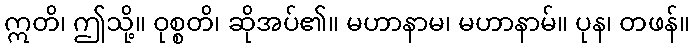
ဣတိ၊ ဤသို့။ ဝုစ္စတိ၊ ဆိုအပ်၏။ မဟာနာမ၊ မဟာနာမ်။ ပုန၊ တဖန်။